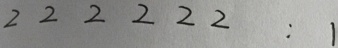
2 2 2 2 2 2 : 1